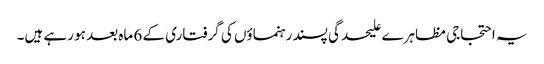
یہ احتجاجی مظاہرے علیحدگی پسند رہنماؤں کی گرفتاری کے 6 ماہ بعد ہو رہے ہیں۔